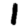
Digit: 1